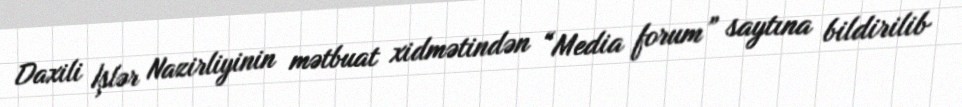
Daxili İşlər Nazirliyinin mətbuat xidmətindən “Media forum” saytına bildirilib